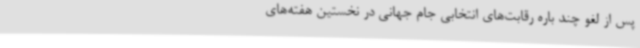
پس از لغو چند باره رقابت‌های انتخابی جام جهانی در نخستین هفته‌های